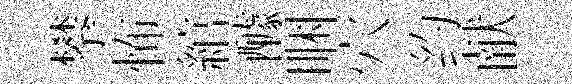
攀怖綰醵睏穴约献